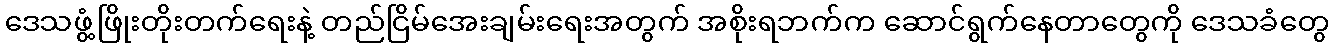
ဒေသဖွံ့ဖြိုးတိုးတက်ရေးနဲ့ တည်ငြိမ်အေးချမ်းရေးအတွက် အစိုးရဘက်က ဆောင်ရွက်နေတာတွေကို ဒေသခံတွေ